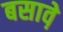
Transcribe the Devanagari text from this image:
बसावे़